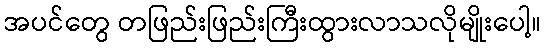
အပင်တွေ တဖြည်းဖြည်းကြီးထွားလာသလိုမျိုးပေါ့။